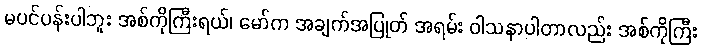
မပင်ပန်းပါဘူး အစ်ကိုကြီးရယ်၊ မော်က အချက်အပြုတ် အရမ်း ဝါသနာပါတာလည်း အစ်ကိုကြီး